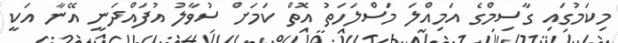
މިކަމުގައި ގާސިމްގެ އަމިއްލަ މަސްލަހަތު އޮތް ކަމަށް ސުވާލު އުފައްދަނީ އޭނާ އަކީ